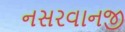
નસરવાનજી